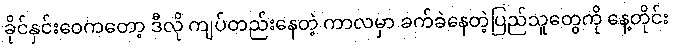
ခိုင်နှင်းဝေကတော့ ဒီလို ကျပ်တည်းနေတဲ့ ကာလမှာ ခက်ခဲနေတဲ့ပြည်သူတွေကို နေ့တိုင်း